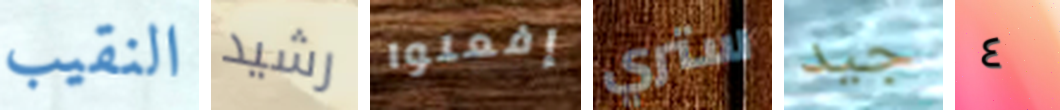
النقيب رشيد إفعلوا ستري جيد ٤